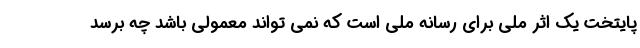
پایتخت یک اثر ملی برای رسانه ملی است که نمی تواند معمولی باشد چه برسد